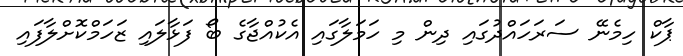
ޕާކް ހިމެނޭ ސަރަހައްދުގައި ދިން މި ހަމަލާގައި އެކުއްޖާގެ ބޯ ފަޅާލައި ޒަހަމްކޮށްލާފައި